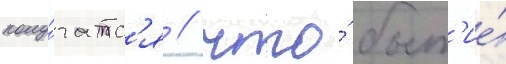
полу́чатс'я / что́ быт'ие́